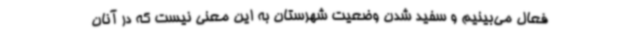
فعال می‌بینیم و سفید شدن وضعیت شهرستان به این معنی نیست که در آنان